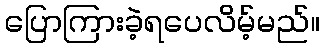
ပြောကြားခဲ့ရပေလိမ့်မည်။